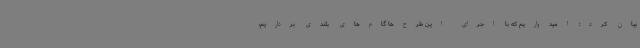
بیان کرد: امیدواریم که با اجرای این طرح‌ها گام‌های بلندی برداریم،